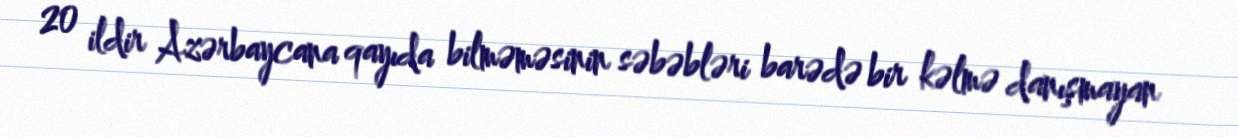
20 ildir Azərbaycana qayıda bilməməsinin səbəbləri barədə bir kəlmə danışmayan